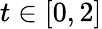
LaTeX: t\in[0,2]